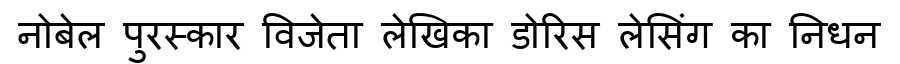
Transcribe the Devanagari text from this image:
नोबेल पुरस्कार विजेता लेखिका डोरिस लेसिंग का निधन